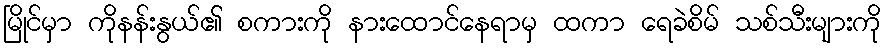
မြိုင်မှာ ကိုနန်းနွယ်၏ စကားကို နားထောင်နေရာမှ ထကာ ရေခဲစိမ် သစ်သီးများကို